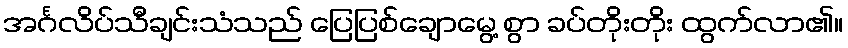
အင်္ဂလိပ်သီချင်းသံသည် ပြေပြစ်ချောမွေ့ စွာ ခပ်တိုးတိုး ထွက်လာ၏။